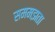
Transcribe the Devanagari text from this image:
सममझता